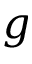
g